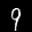
Label: 9